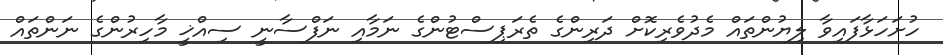
ހުށަހަޅާފައިވާ ލިޔުންތައް މެދުވެރިކޮށް ދަރިންގެ ތެރަޕިސްޓުންގެ ނަމާއި ނަފްސާނީ ސިއްޚީ މާހިރުންގެ ނަންތައް